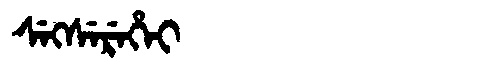
Manchu: ᠰᡝᡴᠰᡝᡵᡝᡥᡝᡳ
Romanization: SEKSEREHEI